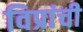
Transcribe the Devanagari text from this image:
विप्रांची